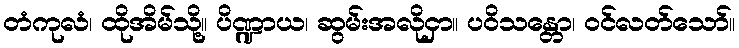
တံကုလံ၊ ထိုအိမ်သို့။ ပိဏ္ဍာယ၊ ဆွမ်းအလိုငှာ။ ပဝိသန္တော၊ ဝင်လတ်သော်။